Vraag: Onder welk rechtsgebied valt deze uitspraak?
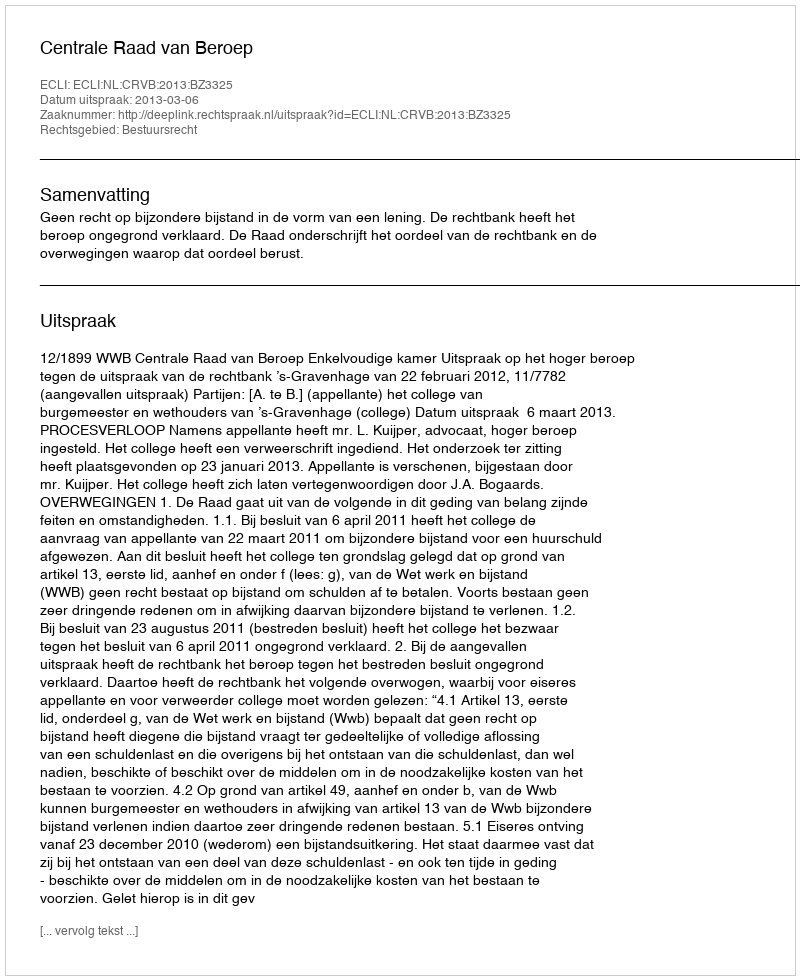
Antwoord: Bestuursrecht